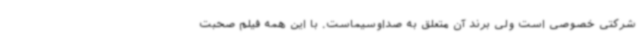
شرکتی خصوصی است ولی برند آن متعلق به صداوسیماست. با این همه فیلم صحبت